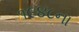
૧૯૪૮ના